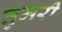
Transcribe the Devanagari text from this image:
तुमरी